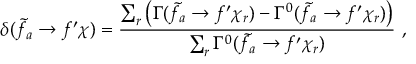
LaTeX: \delta ( \tilde { f _ { a } } \to f ^ { \prime } \chi ) = \frac { \sum _ { r } \left( \Gamma ( \tilde { f _ { a } } \to f ^ { \prime } \chi _ { r } ) - \Gamma ^ { 0 } ( \tilde { f _ { a } } \to f ^ { \prime } \chi _ { r } ) \right) } { \sum _ { r } \Gamma ^ { 0 } ( \tilde { f _ { a } } \to f ^ { \prime } \chi _ { r } ) } \, \, ,